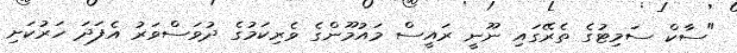
"ސާކް ސަމިޓުގެ ތެރޭގައި ނޫނީ ރައީސް މައުމޫންގެ ވެރިކަމުގެ ދުވަސްވަރު އެފަދަ ހަރުކަށި